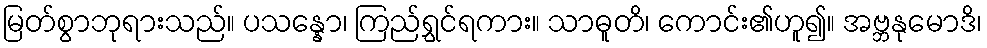
မြတ်စွာဘုရားသည်။ ပသန္နော၊ ကြည်ရွှင်ရကား။ သာဓူတိ၊ ကောင်း၏ဟူ၍။ အဗ္ဘနုမောဒိ၊